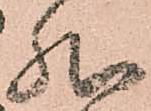
然